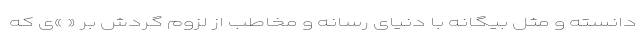
دانسته و مثل بیگانه با دنیای رسانه و مخاطب از لزوم گردش بر « »ی که